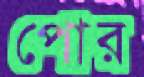
পোর